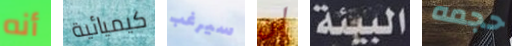
أنه كيميائية سيرغب لن البيئة حجمه